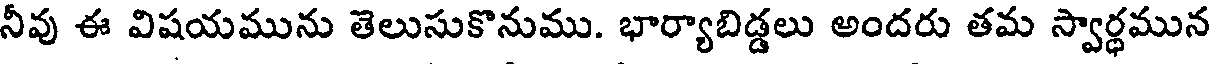
నీవు ఈ విషయమును తెలుసుకొనుము. భార్యాబిడ్డలు అందరు తమ స్వార్ధమున